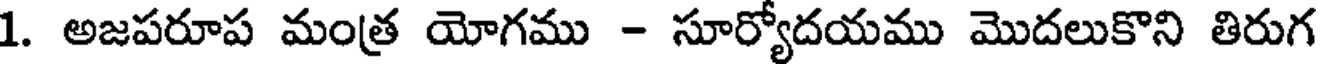
1. అజపరూప మంత్ర యోగము - సూర్యోదయము మొదలుకొని తిరుగ